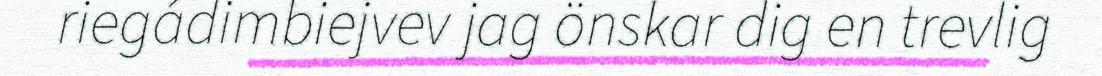
riegádimbiejvev jag önskar dig en trevlig